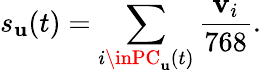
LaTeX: s_{\mathbf{u}}(t)=\sum_{i\inPC_{\mathbf{u}}(t)}\frac{{{\mathbf{v}}_{i}}}{{768}}.